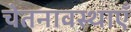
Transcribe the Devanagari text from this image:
चेतनावस्थाएँ